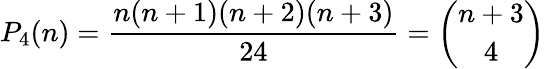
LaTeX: P_{4}(n)={\frac{n(n+1)(n+2)(n+3)}{24}}={\binom{n+3}{4}}